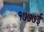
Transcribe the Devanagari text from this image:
१७७७ई